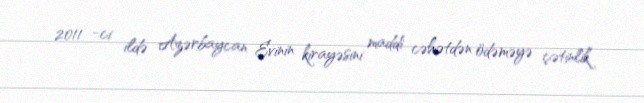
2011 -ci ildə Azərbaycan Evinin kirayəsini maddi cəhətdən ödəməyə çətinlik